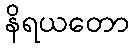
နိရယတော